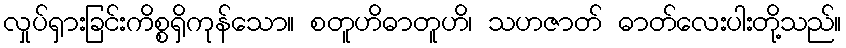
လှုပ်ရှားခြင်းကိစ္စရှိကုန်သော။ စတူဟိဓာတူဟိ၊ သဟဇာတ် ဓာတ်လေးပါးတို့သည်။